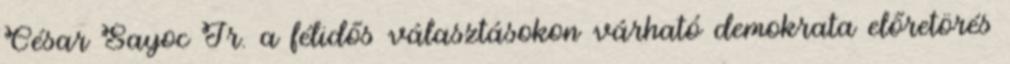
César Sayoc Jr. a félidős választásokon várható demokrata előretörés